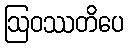
ဩဝဿတိပေ